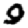
Digit: 9